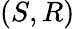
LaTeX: (S,R)